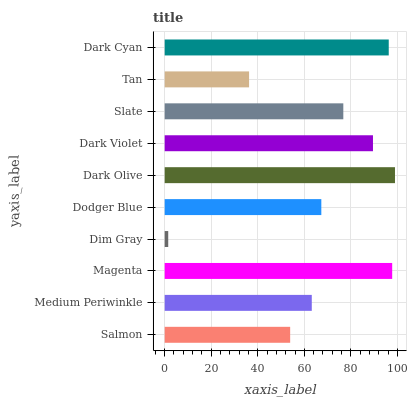
| yaxis_label | bars |
 | --- | --- |
 | Salmon | 53.9 |
 | Medium Periwinkle | 63.2 |
 | Magenta | 97.7 |
 | Dim Gray | 1.52 |
 | Dodger Blue | 67.3 |
 | Dark Olive | 98.9 |
 | Dark Violet | 89.5 |
 | Slate | 76.7 |
 | Tan | 36.3 |
 | Dark Cyan | 96.3 |